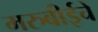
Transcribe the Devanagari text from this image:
मरुबीईचे